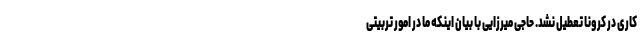
کاری در کرونا تعطیل نشد. حاجی میرزایی با بیان اینکه ما در امور تربیتی